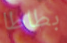
بطاطا